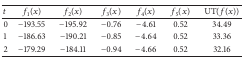
<table><thead><tr><td><b><i>t</i></b></td><td><b><i>f</i><sub>1</sub>(<i>x</i>)</b></td><td><b><i>f</i><sub>2</sub>(<i>x</i>)</b></td><td><b><i>f</i><sub>3</sub>(<i>x</i>)</b></td><td><b><i>f</i><sub>4</sub>(<i>x</i>)</b></td><td><b><i>f</i><sub>5</sub>(<i>x</i>)</b></td><td><b>UT(<i>f</i>(<i>x</i>))</b></td></tr></thead><tbody><tr><td>0</td><td>−193.55</td><td>−195.92</td><td>−0.76</td><td>−4.61</td><td>0.52</td><td>34.49</td></tr><tr><td>1</td><td>−186.63</td><td>−190.21</td><td>−0.85</td><td>−4.64</td><td>0.52</td><td>33.36</td></tr><tr><td>2</td><td>−179.29</td><td>−184.11</td><td>−0.94</td><td>−4.66</td><td>0.52</td><td>32.16</td></tr></tbody></table>